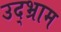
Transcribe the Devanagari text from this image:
उद्भ्राम